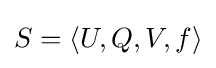
S=\langle U,Q,V,f\rangle